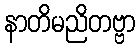
နာတိမညိတဗ္ဗာ